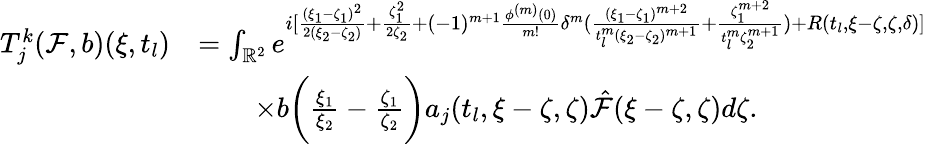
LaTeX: \begin{array}{rl}{T_{j}^{k}(\mathcal{F},b)(\xi,t_{l})}&{=\int_{\mathbb{R}^{2}}e^{i[\frac{(\xi_{1}-\zeta_{1})^{2}}{2(\xi_{2}-\zeta_{2})}+\frac{\zeta_{1}^{2}}{2\zeta_{2}}+(-1)^{m+1}\frac{{\phi}^{(m)}(0)}{m!}\delta^{m}(\frac{(\xi_{1}-\zeta_{1})^{m+2}}{t_{l}^{m}(\xi_{2}-\zeta_{2})^{m+1}}+\frac{\zeta_{1}^{m+2}}{t_{l}^{m}\zeta_{2}^{m+1}})+R(t_{l},\xi-\zeta,\zeta,\delta)]}}\\ &{\quad\quad\times b\biggl(\frac{\xi_{1}}{\xi_{2}}-\frac{\zeta_{1}}{\zeta_{2}}\biggl)a_{j}(t_{l},\xi-\zeta,\zeta)\hat{\mathcal{F}}(\xi-\zeta,\zeta)d\zeta.}\end{array}